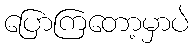
ပြောကြတော့မှာပဲ